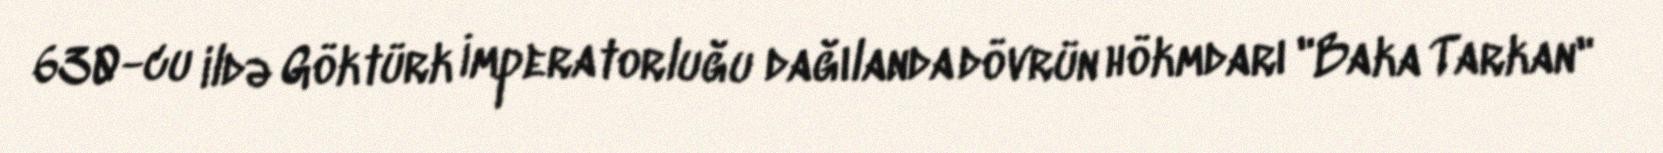
630-cu ildə Göktürk İmperatorluğu dağılanda dövrün hökmdarı "Baka Tarkan"